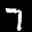
Label: 7